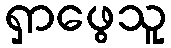
ရှာဖွေသူ